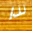
لذا